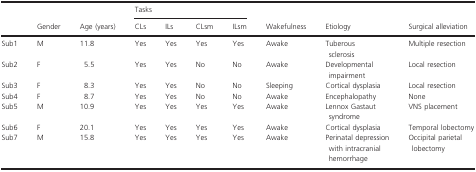
| <ROWSPAN=2>  | <ROWSPAN=2> Gender | <ROWSPAN=2> Age (years) | <COLSPAN=4> Tasks | <ROWSPAN=2> Wakefulness | <ROWSPAN=2> Etiology | <ROWSPAN=2> Surgical alleviation |
 | CLs | ILs | CLsm | ILsm |
 | --- | --- | --- | --- | --- | --- | --- | --- | --- | --- |
 | Sub1 | M | 11.8 | Yes | Yes | Yes | Yes | Awake | Tuberous sclerosis | Multiple resection |
 | Sub2 | F | 5.5 | Yes | Yes | No | No | Awake | Developmental impairment | Local resection |
 | Sub3 | F | 8.3 | Yes | Yes | No | No | Sleeping | Cortical dysplasia | Local resection |
 | Sub4 | F | 8.7 | Yes | Yes | No | No | Awake | Encephalopathy | None |
 | Sub5 | M | 10.9 | Yes | Yes | Yes | Yes | Awake | Lennox Gastaut syndrome | VNS placement |
 | Sub6 | F | 20.1 | Yes | Yes | Yes | Yes | Awake | Cortical dysplasia | Temporal lobectomy |
 | Sub7 | M | 15.8 | Yes | Yes | Yes | Yes | Awake | Perinatal depression with intracranial hemorrhage | Occipital parietal lobectomy |